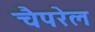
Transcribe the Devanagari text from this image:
चैपरेल